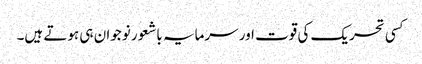
کسی تحریک کی قوت اور سرمایہ باشعور نوجوان ہی ہوتے ہیں۔